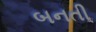
બનતી